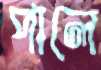
পালে